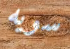
سويه